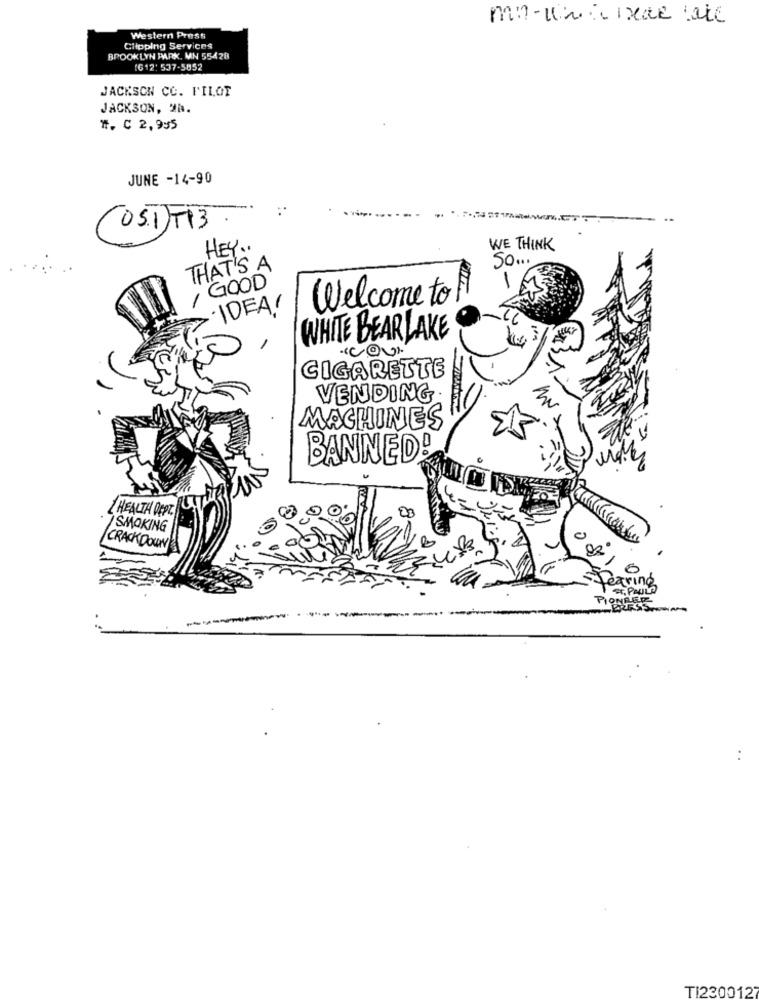
man-this week are
Western Press
Clipping Services
BROOKLYN PARK, MN 55428
1612: 537-5852
JACKSON CC. PILOT
JACKSON, 9h.
#, C 2, 995
JUNE -14-90
(OST)F13
HEY ..
WE THINK
So ...
THAT'S A
-
, GOOD
Welcome to
IDEA!
WHITE BEARLAKE
CIGARETTE
VENDING
MACHINES
BANNED!
HEALTH DEPT.
SMOKING
0
CRACKDOWN
ring
PIONG
..
TI2300127